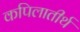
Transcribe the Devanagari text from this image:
कपिलातीर्थ